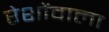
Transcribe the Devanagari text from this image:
रेशोंवाला